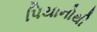
પિયાનોથી